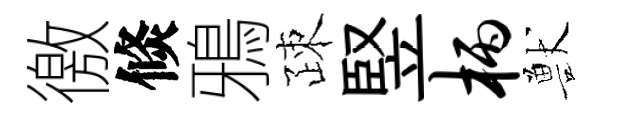
徼倐鴉疎竪柄獸